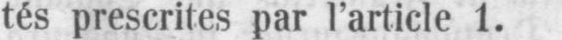
tés prescrites par l’article 1.